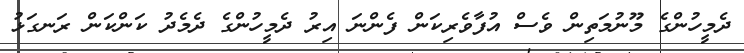
ދެމީހުންގެ މޫނުމަތިން ވެސް އުފާވެރިކަން ފެންނަ އިރު ދެމީހުންގެ ދެމެދު ކަންކަން ރަނގަޅު